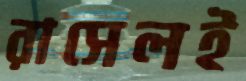
রাসেলই